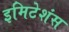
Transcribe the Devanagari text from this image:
इमिटेशंस